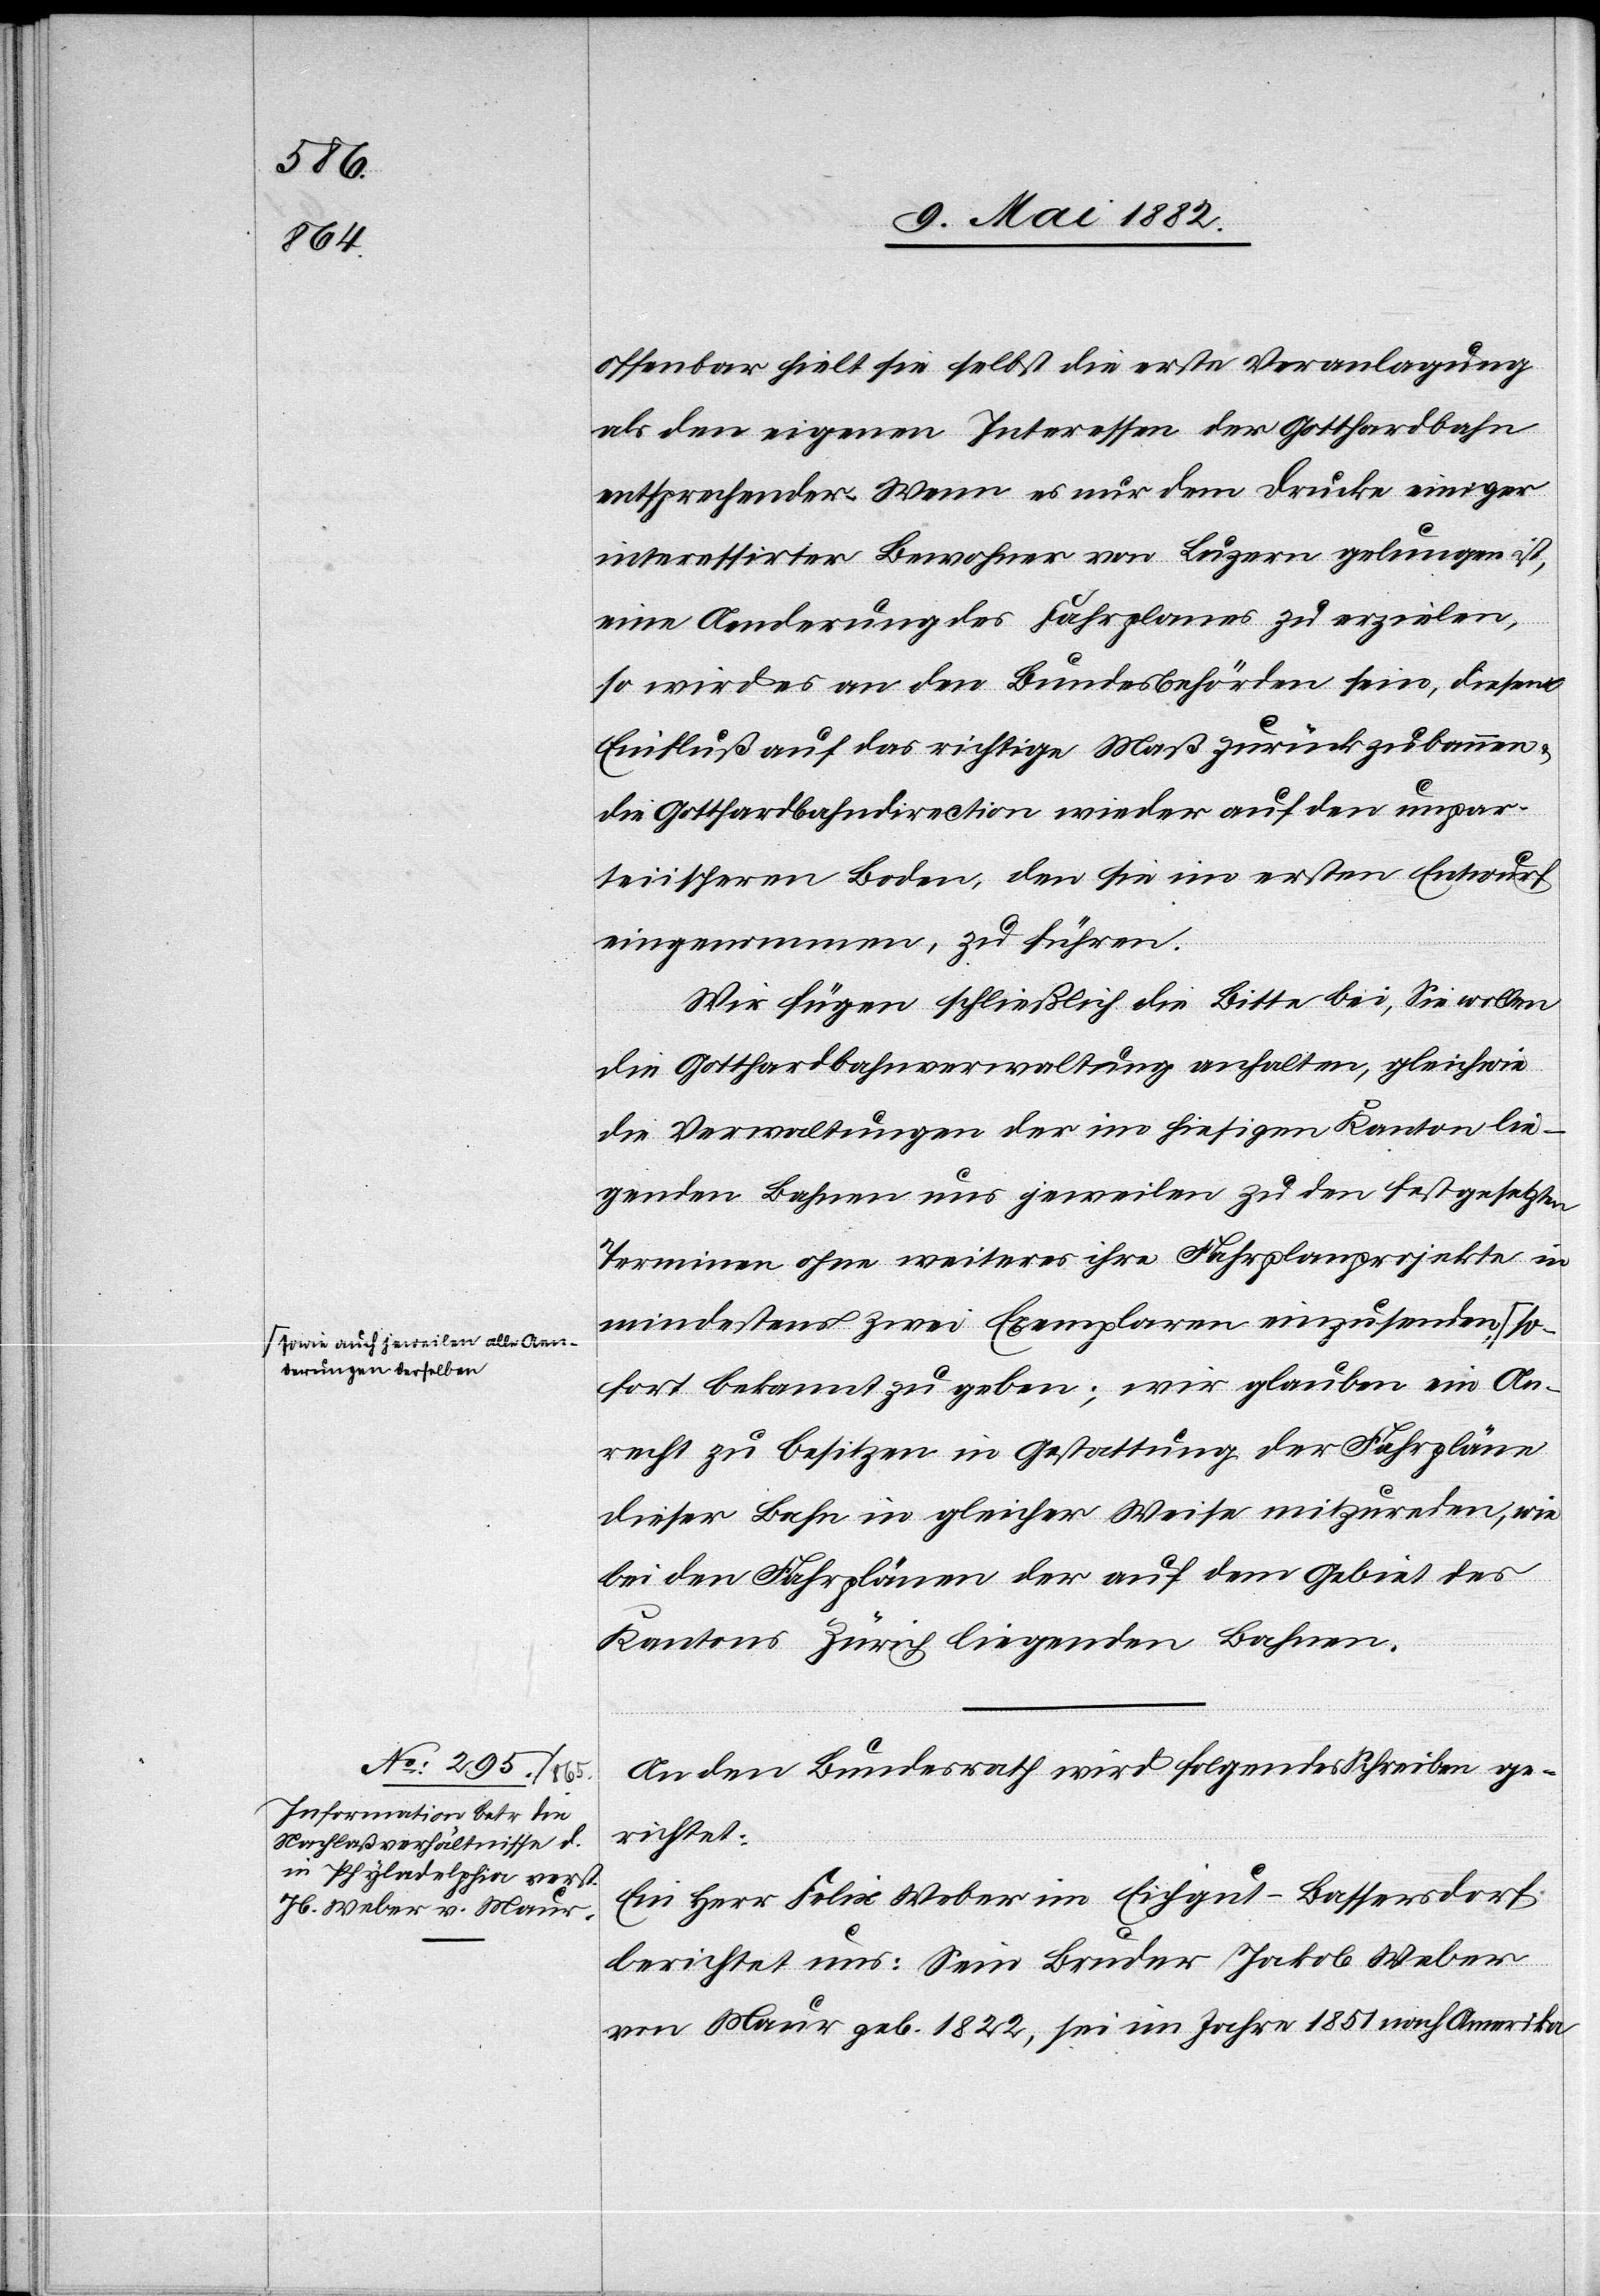
owie auch jeweilen alle Aen¬
derungen derselben-a

11. Mai 1882.]
offenbar hielt sie selbst die erste Veranlagung
als den eigenen Interessen der Gotthardbahn
entsprechender. Wenn es nur dem Drucke einiger
interessirten Bewohner von Luzern gelungen ist,
eine Aenderung des Fahrplanes zu erzielen,
so wird es an den Bundesbehörden sein, diesen
Einfluß auf das richtige Maß zurückzubannen
die Gotthardbahndirection wieder auf den unpar¬
teiischen Boden, den sie im ersten Entwurf
eingenommen, zu führen.
Wir fügen schließlich die Bitte bei, Sie wollen
die Gotthardbahnverwaltung anhalten, gleichwie
die Verwaltungen der im hiesigen Kanton lie¬
genden Bahnen uns jeweilen zu den festgesetzten
Terminen ohne weiteres ihre Fahrplanprojekte in
mindestens zwei Exemplaren einzusenden a-s¬
sofort bekannt zu geben; wir glauben ein An¬
recht zu besitzen in Gestattung der Fahrpläne
dieser Bahn in gleicher Weise mitzureden, wie
bei den Fahrplänen der auf dem Gebiet des
Kantons Zürich liegenden Bahnen.“
An den Bundesrath wird folgendes Schreiben ge¬
richtet:
Ein Herr Felix Weber im Echgut - Bassersdorf
berichtet uns: Sein Bruder Jakob Weber
von Maur geb. 1822, sei im Jahre 1851 nach Amerika